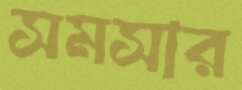
সমসার